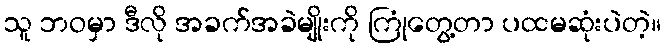
သူ ဘဝမှာ ဒီလို အခက်အခဲမျိုးကို ကြုံတွေ့တာ ပထမဆုံးပဲတဲ့။